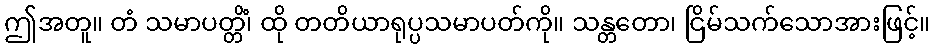
ဤအတူ။ တံ သမာပတ္တိံ၊ ထို တတိယာရုပ္ပသမာပတ်ကို။ သန္တတော၊ ငြိမ်သက်သောအားဖြင့်။